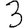
Digit: 3